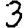
Digit: 3